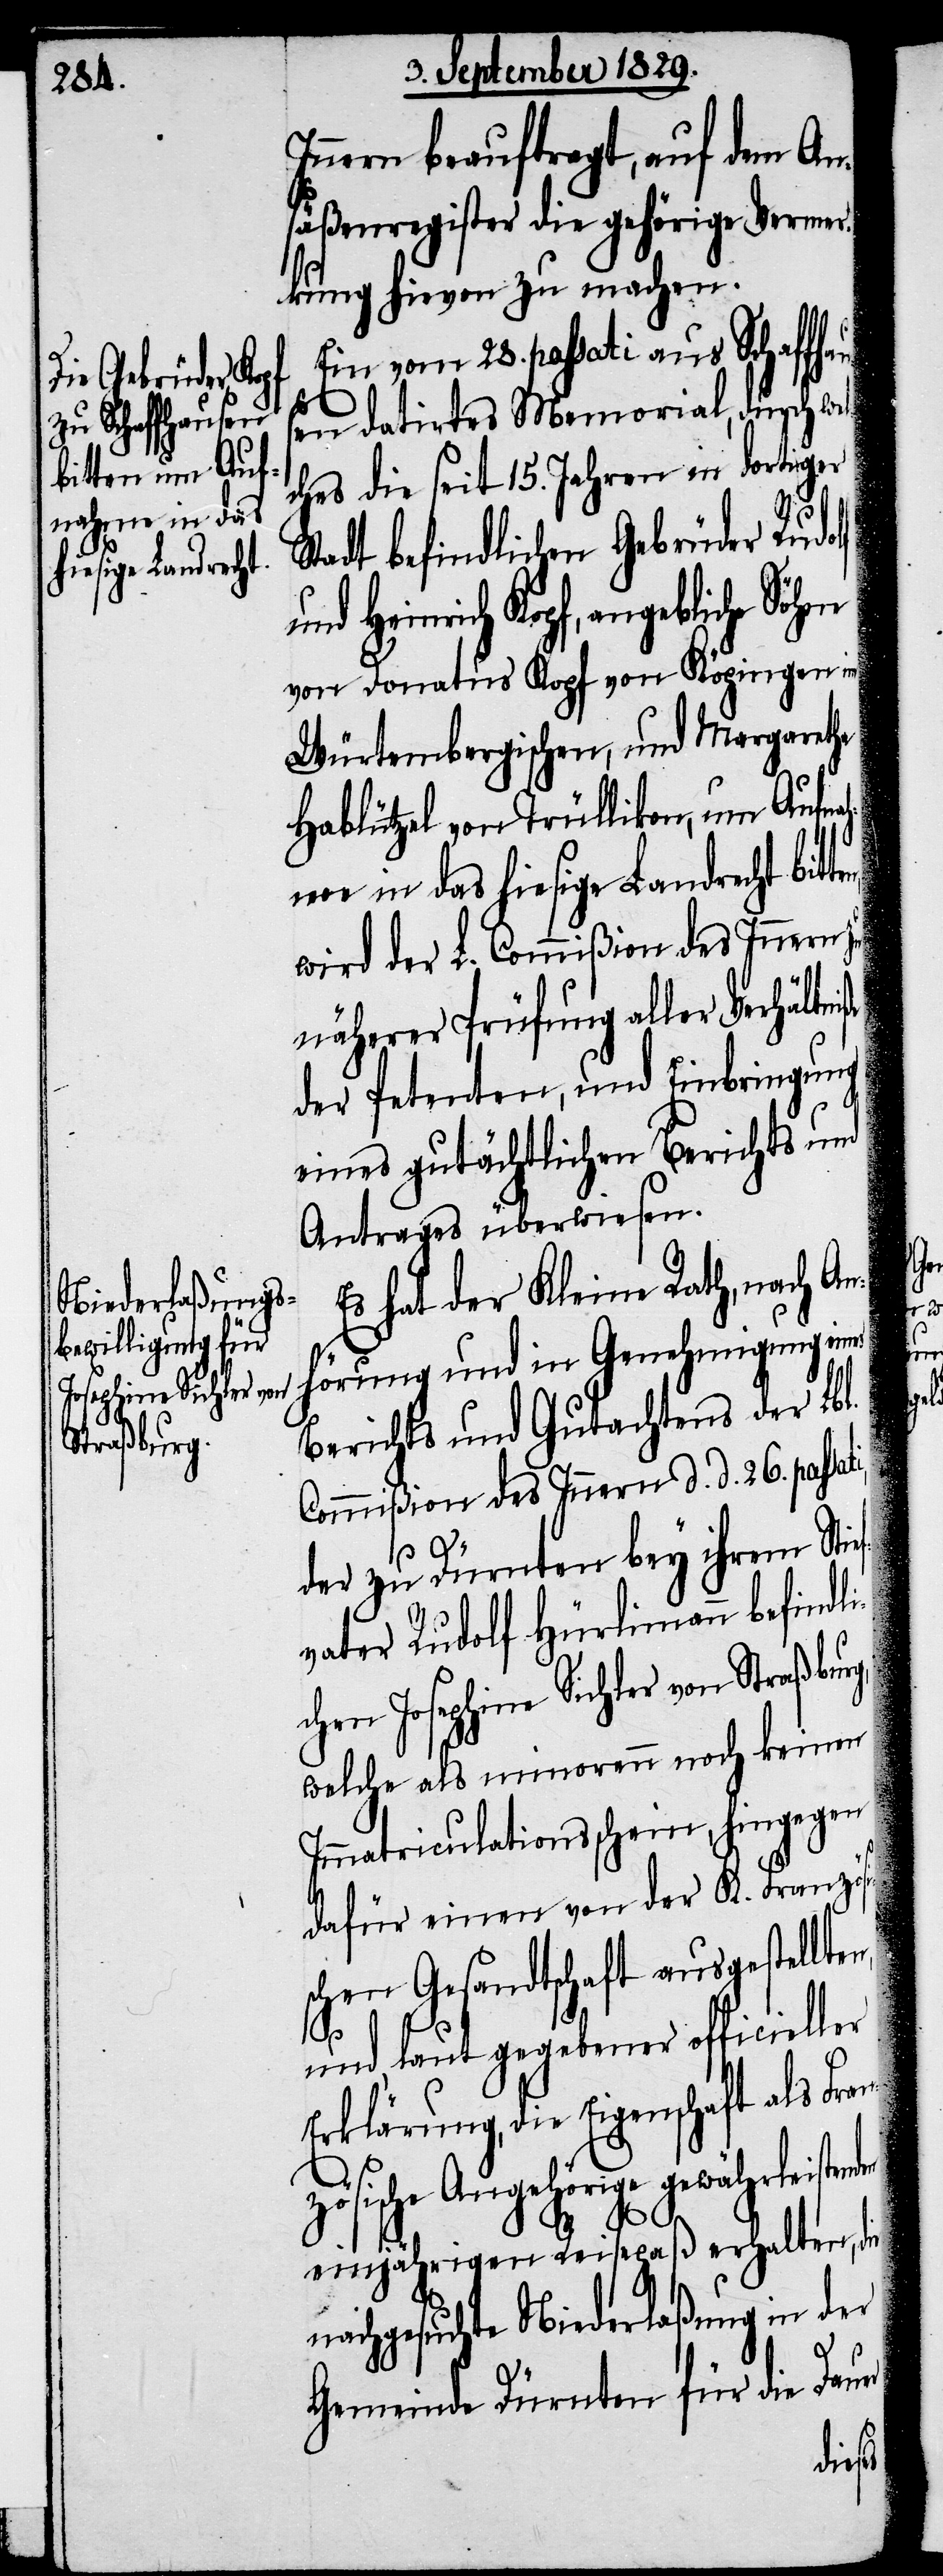
nahme in das
hiesige Landrecht

Innern beauftragt, auf dem An¬
säßenregister die gehörige Vermer¬
kung hievon zu machen.
Ein vom 28. passati aus Schaffhau¬
sen datirtes Memorial, durch wel¬
ches die seit 15. Jahren in dortiger
Stadt befindlichen Gebrüder Rudolf
Heinrich Kopf, angebliche Söhne
von Donatus Kopf von Köpingen im
Würtembergischen, und Margarethe
Hablützel von Trüllikon, um Auf¬
wird der L. Commißion des Innern
näherer Prüfung aller Verhältni¬
der Petenten, und Einbringung
eines gutächtlichen Berichts und
Antrages überwiesen.
Es hat der Kleine Rath, nach An¬
hörung und in Genehmigung eines
Berichts und Gutachtens der Lbl.
Commißion des Innern d. d. 26. passati,
g,
der zu Dürnten bey ihrem Stief¬
vater Rudolf Hürlimann befindl¬
ichen Josephine Sichler von Straßbur¬
welche als minorenn noch keinen
Immatriculationsschein, hingegen
dafür einen von der K. Französi¬
schen Gesandtschaft ausgestellte¬
ße
n,
und, laut gegebener officieller
Erklärung, die Eigenschaft als Fran¬
zösische Angehörige gewährleistenden
einjährigen Reisepaß erhalten, die
nachgesuchte Niederlaßung in der
Gemeinde Dürnten für die Dauer